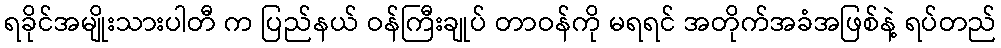
ရခိုင်အမျိုးသားပါတီ က ပြည်နယ် ဝန်ကြီးချုပ် တာဝန်ကို မရရင် အတိုက်အခံအဖြစ်နဲ့ ရပ်တည်